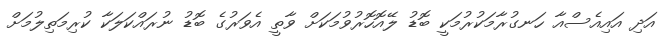
އަދި އައިއެސްއާ ހަނގުރާމަކުރުމަކީ ބޮޑު ލޭއޮހޮރުވުމަކަށް ވާތީ އެވަރުގެ ބޮޑު ނުރައްކަލަކާ ކުރިމަތިލުމަށް